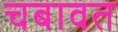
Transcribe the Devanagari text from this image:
चबावत